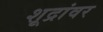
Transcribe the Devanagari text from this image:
शूद्रांवर